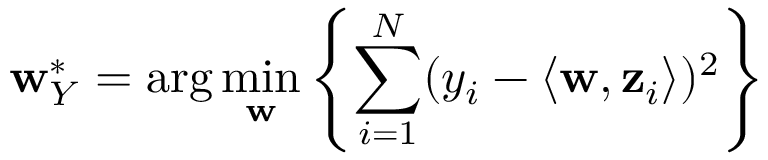
\mathbf { w } _ { Y } ^ { * } = \arg \operatorname* { m i n } _ { \mathbf { w } } \left\{ \sum _ { i = 1 } ^ { N } ( y _ { i } - \langle \mathbf { w } , \mathbf { z } _ { i } \rangle ) ^ { 2 } \right\}